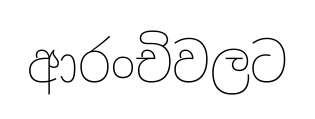
ආරංචිවලට